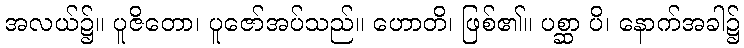
အလယ်၌။ ပူဇိတော၊ ပူဇော်အပ်သည်။ ဟောတိ၊ ဖြစ်၏။ ပစ္ဆာ ပိ၊ နောက်အခါ၌